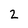
Character: 2